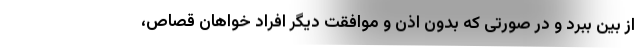
از بین ببرد و در صورتی که بدون اذن و موافقت دیگر افراد خواهان قصاص،